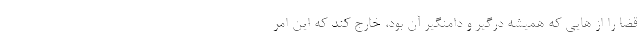
قضا را از هایی که همیشه درگیر و دامنگیر آن بود، خارج کند که این امر